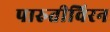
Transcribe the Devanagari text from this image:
पारुतीविरन